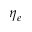
\eta _ { e }